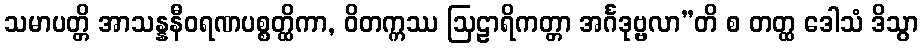
သမာပတ္တိ အာသန္နနီဝရဏပစ္စတ္ထိကာ, ဝိတက္ကဿ ဩဠာရိကတ္တာ အင်္ဂဒုဗ္ဗလာ”တိ စ တတ္ထ ဒေါသံ ဒိသွာ